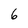
Character: 6